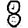
Digit: 8